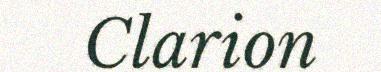
Clarion